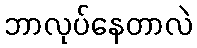
ဘာလုပ်နေတာလဲ